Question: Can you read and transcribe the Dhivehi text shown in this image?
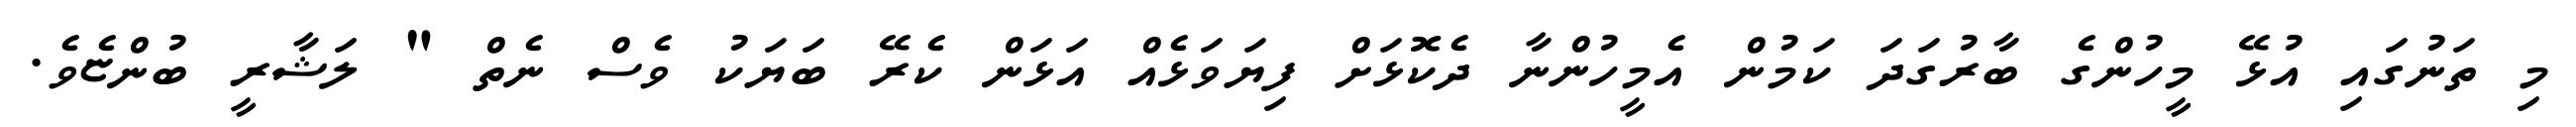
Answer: މި ތަނުގައި އުޅޭ މީހުންގެ ބާރުގަދަ ކަމުން އެމީހުންނާ ދެކޮޅަށް ފިޔަވަޅެއް އަޅަން ކެރޭ ބަޔަކު ވެސް ނެތް " ލަޝާރީ ބުންޏެވެ.